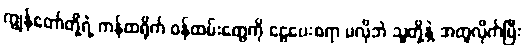
ကျွန်တော်တို့ရဲ့ ကန်ထရိုက် ဝန်ထမ်းတွေကို ငွေပေးစရာ မလိုဘဲ သူတို့နဲ့ အတူလိုက်ပြီး